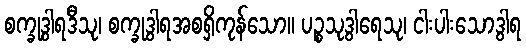
စက္ခုဒွါရဒီသု၊ စက္ခုဒွါရအစရှိကုန်သော။ ပဉ္စသုဒွါရေသု၊ ငါးပါးသောဒွါရ